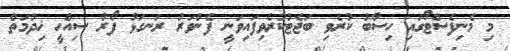
މި މެނިފެސްޓޯގައި ހިސާބު ކުރެވި ބަޖެޓުކުރެވިފައިވަނީ ފެންވަރު ރަނގަޅު ފޯރާ ސިއްހީ ޚިދުމަތް